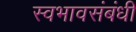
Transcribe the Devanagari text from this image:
स्वभावसंबंधी